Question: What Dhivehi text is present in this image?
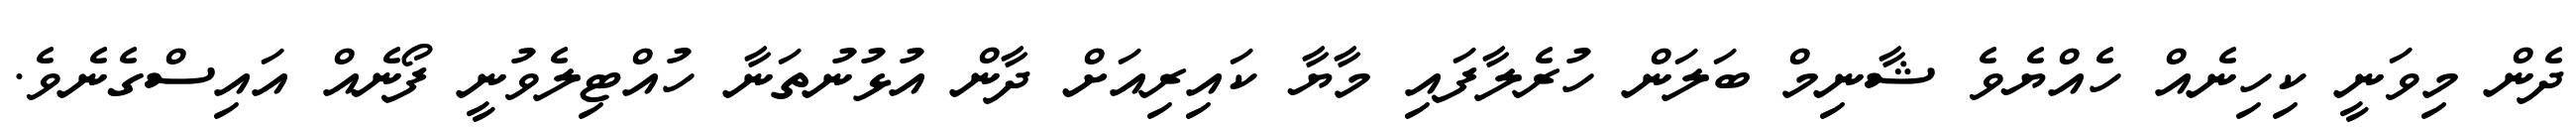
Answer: ދެން މިވަނީ ކިހިނެއް ހެއްޔެވެ ޝާނިމް ބަލަން ހުރެލާފައި މާޔާ ކައިރިއަށް ދާން އުޅުނުތަނާ ހުއްޓިލެވުނީ ފޯނެއް އައިސްގެނެވެ.